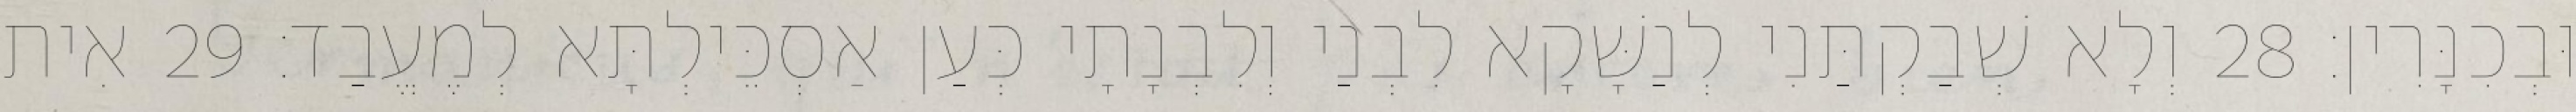
וּבְכִנָּרִין׃ 28 וְלָא שְׁבַקְתַּנִי לְנַשָּׁקָא לִבְנַי וְלִבְנָתָי כְּעַן אַסְכֵּילְתָּא לְמֶעֱבַד׃ 29 אִית